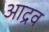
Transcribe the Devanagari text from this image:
आद्रव